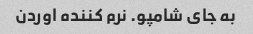
به جای شامپو. نرم کننده اوردن